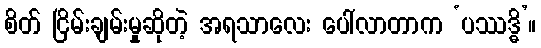
စိတ် ငြိမ်းချမ်းမှုဆိုတဲ့ အရသာလေး ပေါ်လာတာက ‘ပဿဒ္ဓိ’။